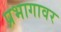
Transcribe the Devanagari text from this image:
प्रभागावर